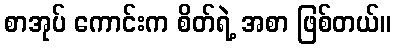
စာအုပ် ကောင်းက စိတ်ရဲ့ အစာ ဖြစ်တယ်။